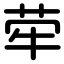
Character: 荦